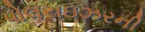
પોલરાઇઝરની